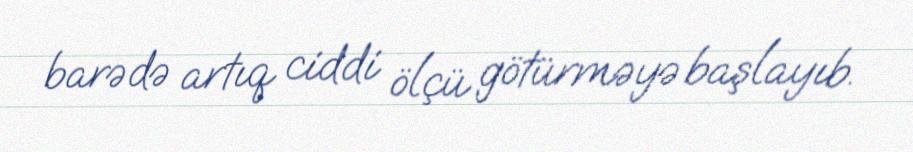
barədə artıq ciddi ölçü götürməyə başlayıb.